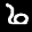
Label: 6